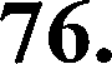
76.